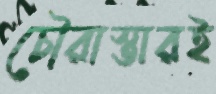
চৌরাস্তারই